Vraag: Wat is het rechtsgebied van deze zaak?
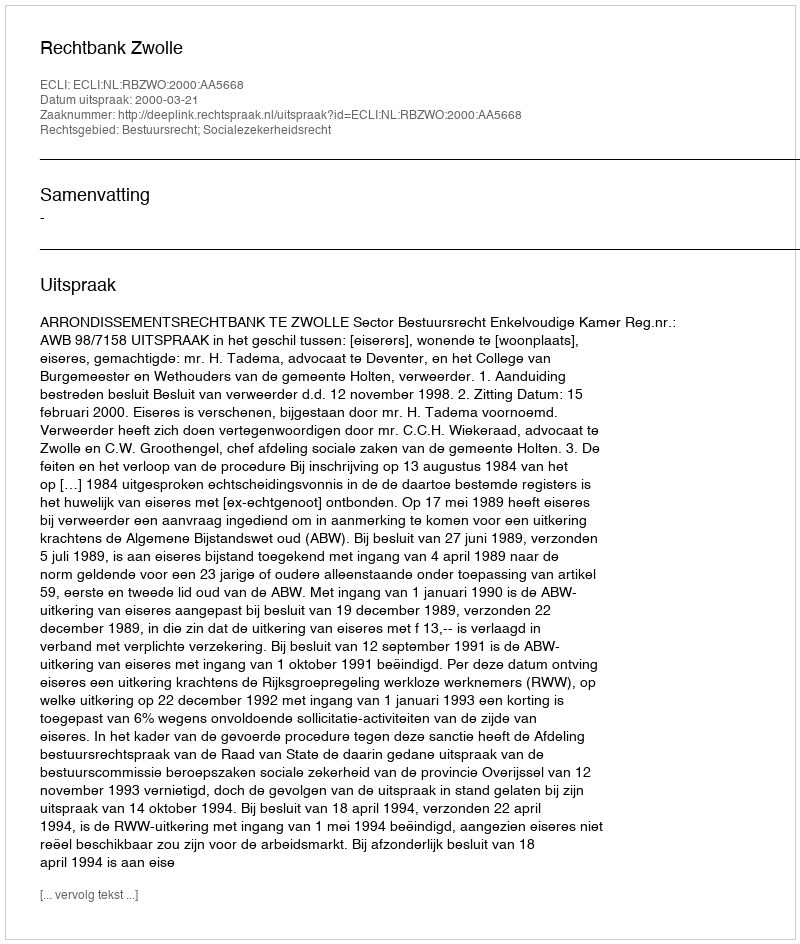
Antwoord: Bestuursrecht; Socialezekerheidsrecht